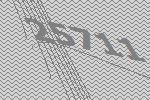
25711